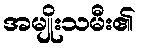
အမျိုးသမီး၏